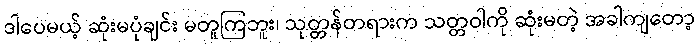
ဒါပေမယ့် ဆုံးမပုံချင်း မတူကြဘူး၊ သုတ္တန်တရားက သတ္တဝါကို ဆုံးမတဲ့ အခါကျတော့